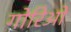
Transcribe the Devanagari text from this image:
गोरिओ